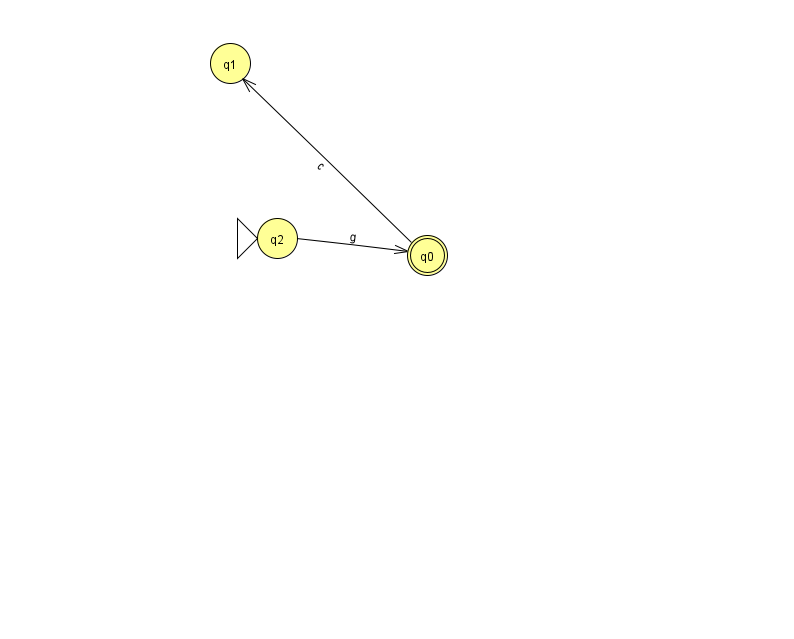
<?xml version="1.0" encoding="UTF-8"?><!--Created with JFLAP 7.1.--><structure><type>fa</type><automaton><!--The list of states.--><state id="0" name="q0"><x>427.0</x><y>242.0</y><final/></state><state id="1" name="q1"><x>230.0</x><y>50.0</y></state><state id="2" name="q2"><x>277.0</x><y>225.0</y><initial/></state><!--The list of transitions.--><transition><from>2</from><to>0</to><read>g</read></transition><transition><from>0</from><to>1</to><read>c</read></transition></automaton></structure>